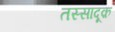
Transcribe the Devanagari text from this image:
तस्सादूक़